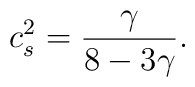
c_{s}^{2}=\frac{\gamma}{8-3\gamma}.